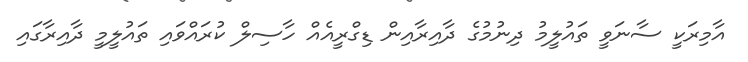
އާމިރަކީ ސާނަވީ ތައުލީމު ދިނުމުގެ ދާއިރާއިން ޑިގްރީއެއް ހާސިލް ކުރައްވައި ތައުލީމީ ދާއިރާގައި